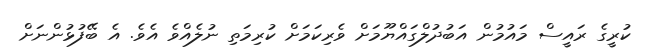
ކުރީގެ ރައީސް މައުމުން އަބުދުލްގައްޔޫމަށް ވެރިކަމަށް ކުރިމަތި ނުލެއްވެ އެވެ. އެ ބޭފުޅުންނަށް